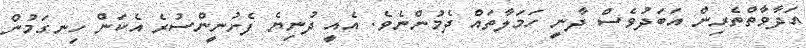
އަދާވާތްތެރިން އަބަދުވެސް ދާނީ ހަމަލާތައް ދެމުންނެވެ. އެއީ ދުނިޔެ ފެށުނީންސުރެ އެކަން ހިނގަމުން